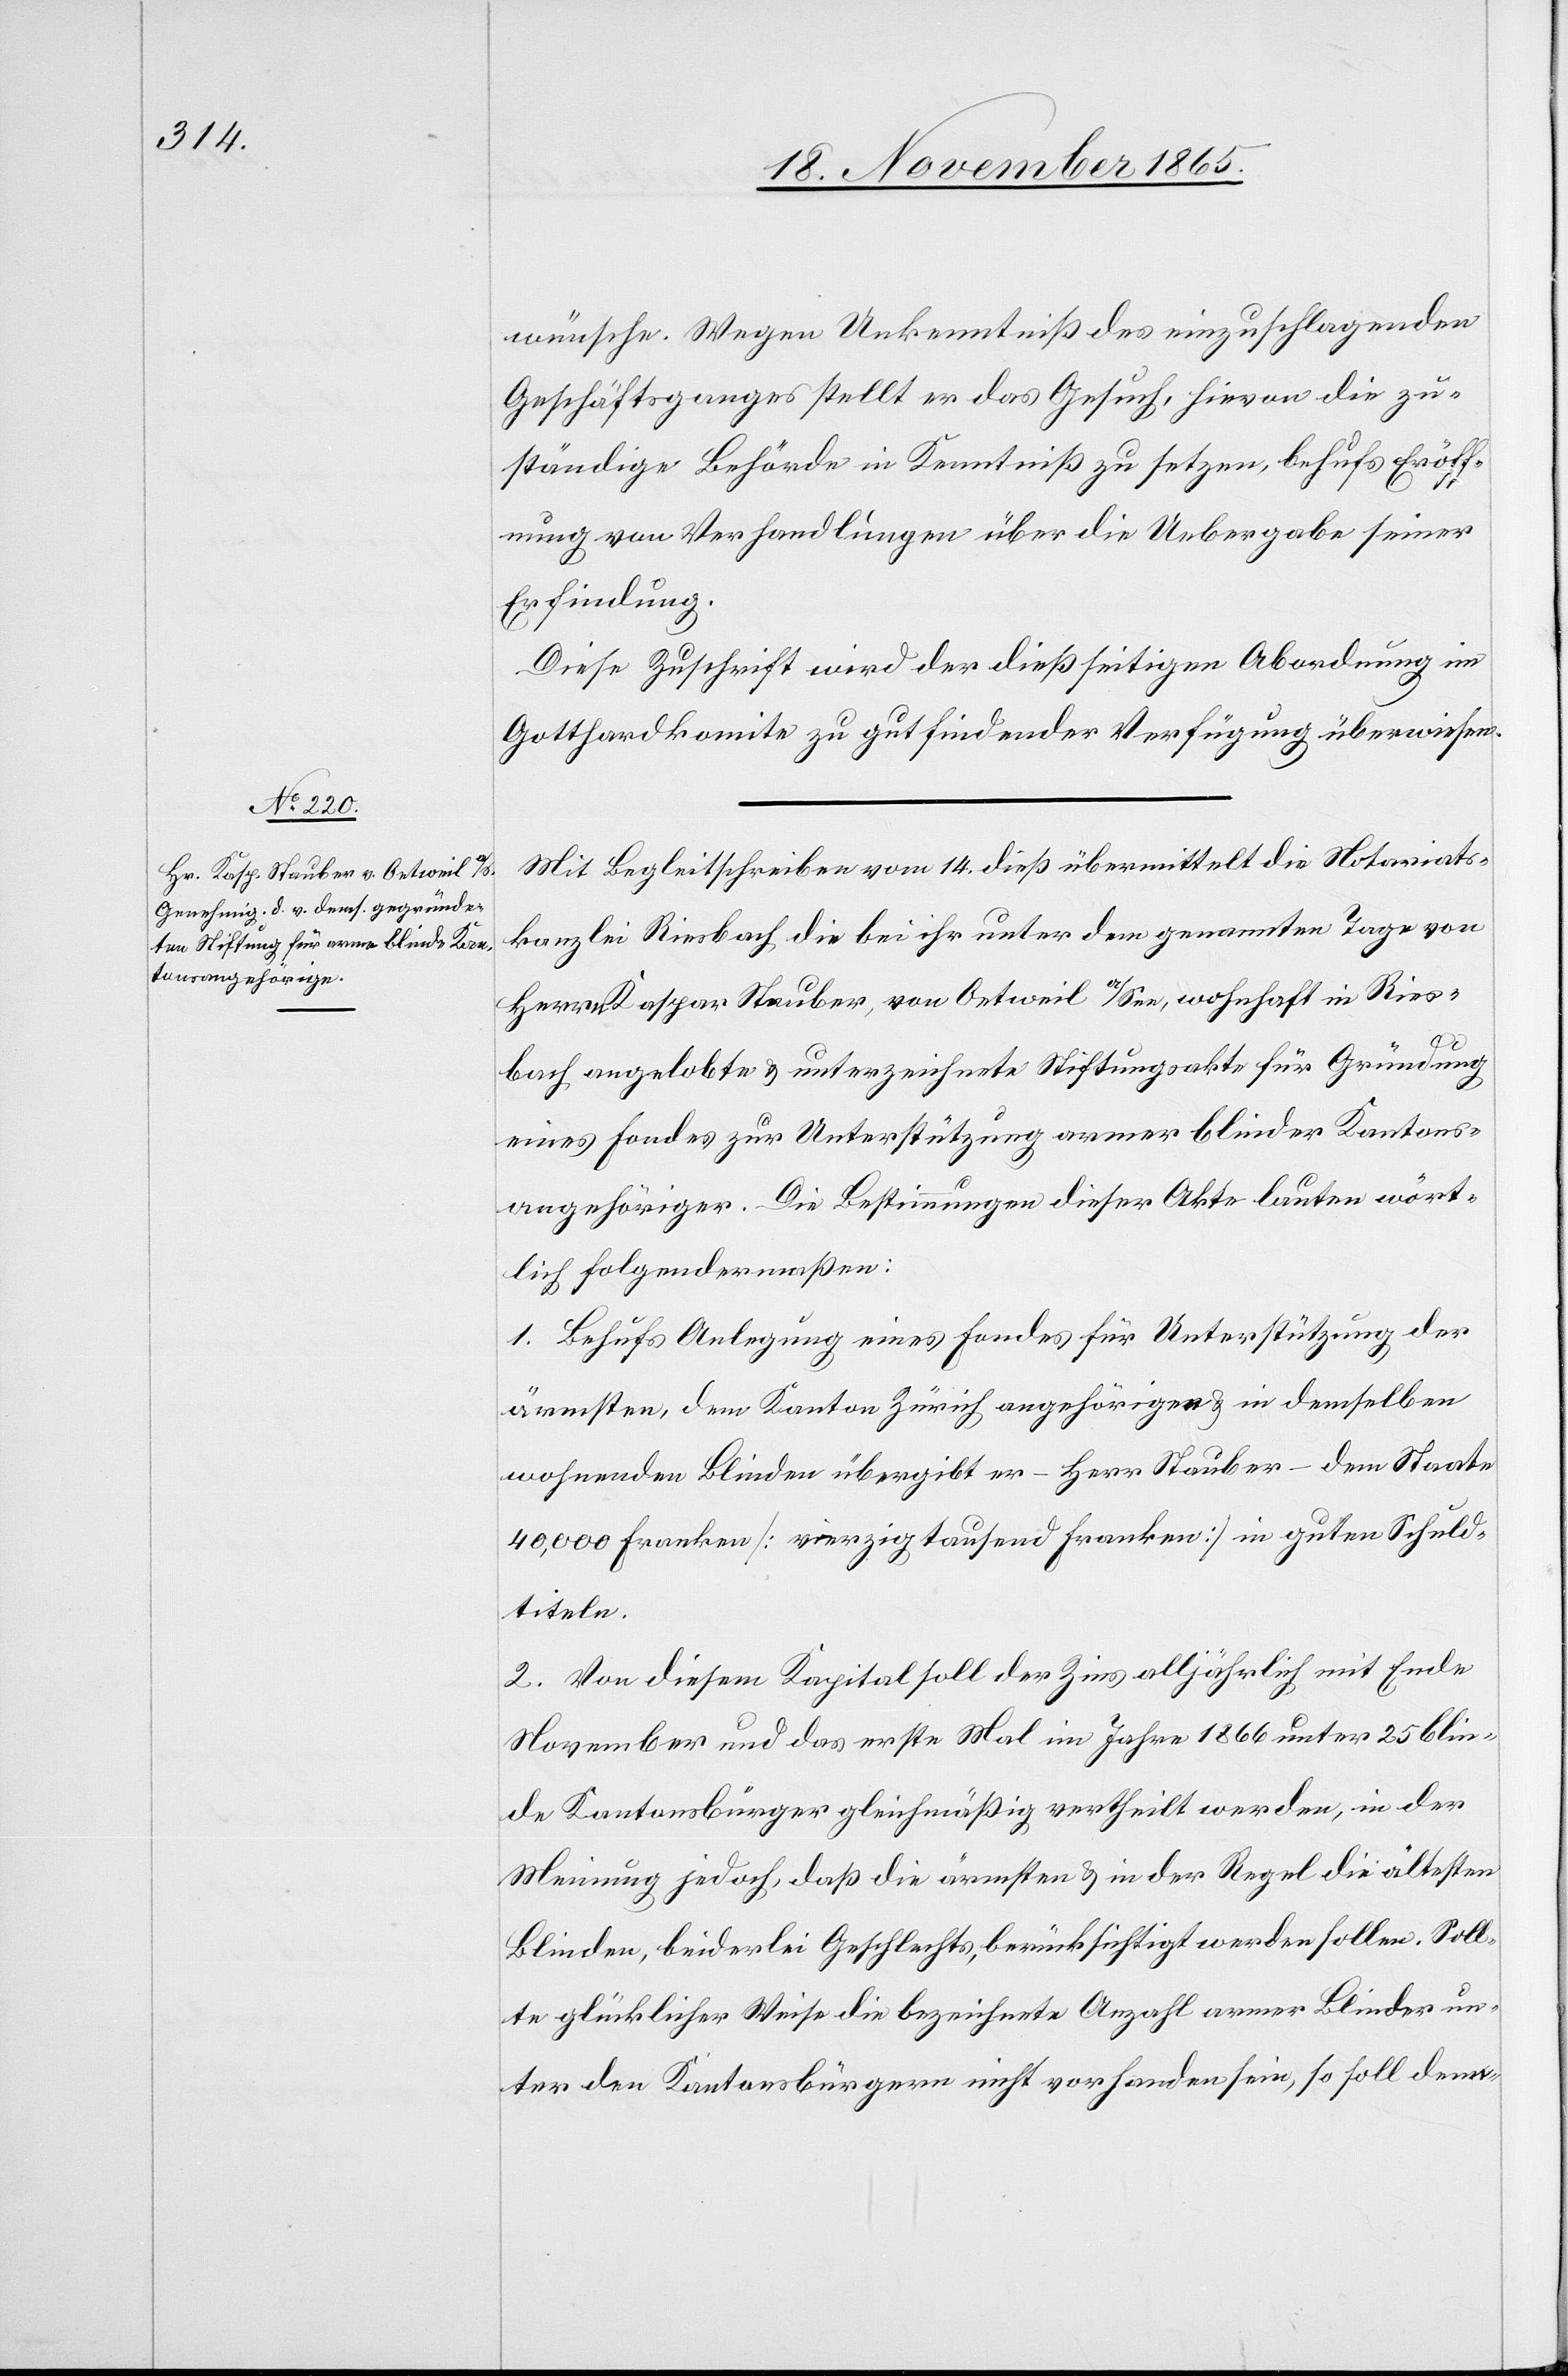
wünsche. Wegen Unkenntniß des einzuschlagenden
Geschäftsganges stellt er das Gesuch, hievon die zu¬
ständige Behörde in Kenntniß zu setzen, behufs Eröff¬
nung von Verhandlungen über die Uebergabe seiner
Erfindung.
Diese Zuschrift wird der dießseitigen Abordnung im
Gotthardkomite zu gutfindender Verfügung überwiesen.
Mit Begleitschreiben vom 14. dieß übermittelt die Notariats¬
kanzlei Riesbach die bei ihr unter dem genannten Tage von
Herrn Kaspar Stauber, von Oetweil a/See, wohnhaft in Ries¬
bach angelobte & unterzeichnete Stiftungsakte für Gründung
eines Fondes zur Unterstützung armer blinder Kantons¬
angehöriger. Die Bestimmungen dieser Akte lauten wört¬
lich folgendermaßen:
1. Behufs Anlegung eines Fondes für Unterstützung der
ärmsten, dem Kanton Zürich angehörigen & in demselben
wohnenden Blinden übergibt er – Herr Stauber – dem Staate
40,000 Franken [vierzigtausend Franken] in guten Schuld¬
titeln.
2. Von diesem Kapital soll der Zins alljährlich mit Ende
November und das erste Mal im Jahre 1866 unter 25 blin¬
de Kantonsbürger gleichmäßig vertheilt werden, in der
Meinung jedoch, daß die ärmsten & in der Regel die ältesten
Blinden, beiderlei Geschlechts, berücksichtigt werden sollen. Soll¬
te glücklicher Weise die bezeichnete Anzahl armer Blinder un¬
ter den Kantonsbürgern nicht vorhanden sei, so soll den-